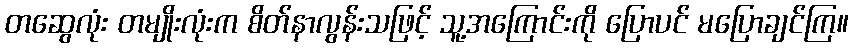
တဆွေလုံး တမျိုးလုံးက စိတ်နာလွန်းသဖြင့် သူ့အကြောင်းကို ပြောပင် မပြောချင်ကြ။